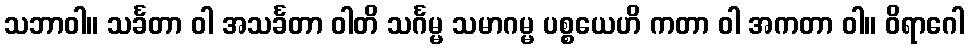
သဘာဝါ။ သင်္ခတာ ဝါ အသင်္ခတာ ဝါတိ သင်္ဂမ္မ သမာဂမ္မ ပစ္စယေဟိ ကတာ ဝါ အကတာ ဝါ။ ဝိရာဂေါ